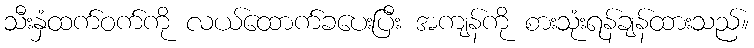
သီးနှံထက်ဝက်ကို လယ်ထောက်ခပေးပြီး အကျန်ကို စားသုံးရန်ချန်ထားသည်။